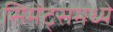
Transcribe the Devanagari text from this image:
सिमेंट्समध्ये